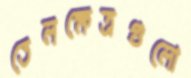
তেলক্ষেত্রগুলো